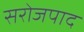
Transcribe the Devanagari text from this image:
सरोजपाद